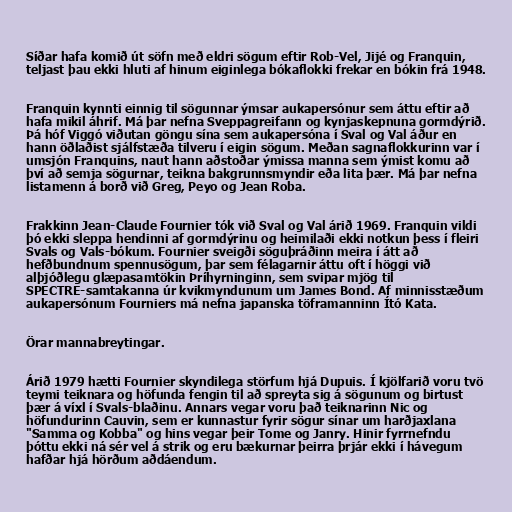
Síðar hafa komið út söfn með eldri sögum eftir Rob-Vel, Jijé og Franquin,
teljast þau ekki hluti af hinum eiginlega bókaflokki frekar en bókin frá 1948.

Franquin kynnti einnig til sögunnar ýmsar aukapersónur sem áttu eftir að
hafa mikil áhrif. Má þar nefna Sveppagreifann og kynjaskepnuna gormdýrið.
Þá hóf Viggó viðutan göngu sína sem aukapersóna í Sval og Val áður en
hann öðlaðist sjálfstæða tilveru í eigin sögum. Meðan sagnaflokkurinn var í
umsjón Franquins, naut hann aðstoðar ýmissa manna sem ýmist komu að
því að semja sögurnar, teikna bakgrunnsmyndir eða lita þær. Má þar nefna
listamenn á borð við Greg, Peyo og Jean Roba.

Frakkinn Jean-Claude Fournier tók við Sval og Val árið 1969. Franquin vildi
þó ekki sleppa hendinni af gormdýrinu og heimilaði ekki notkun þess í fleiri
Svals og Vals-bókum. Fournier sveigði söguþráðinn meira í átt að
hefðbundnum spennusögum, þar sem félagarnir áttu oft í höggi við
alþjóðlegu glæpasamtökin Þríhyrninginn, sem svipar mjög til
SPECTRE-samtakanna úr kvikmyndunum um James Bond. Af minnisstæðum
aukapersónum Fourniers má nefna japanska töframanninn Ító Kata.

Örar mannabreytingar.

Árið 1979 hætti Fournier skyndilega störfum hjá Dupuis. Í kjölfarið voru tvö
teymi teiknara og höfunda fengin til að spreyta sig á sögunum og birtust
þær á víxl í Svals-blaðinu. Annars vegar voru það teiknarinn Nic og
höfundurinn Cauvin, sem er kunnastur fyrir sögur sínar um harðjaxlana
"Samma og Kobba" og hins vegar þeir Tome og Janry. Hinir fyrrnefndu
þóttu ekki ná sér vel á strik og eru bækurnar þeirra þrjár ekki í hávegum
hafðar hjá hörðum aðdáendum.